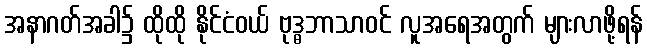
အနာဂတ်အခါ၌ ထိုထို နိုင်ငံဝယ် ဗုဒ္ဓဘာသာဝင် လူအရေအတွက် များလာဖို့ရန်